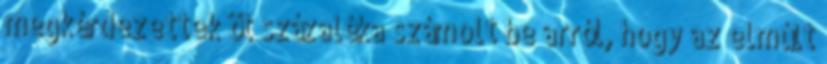
megkérdezettek öt százaléka számolt be arról, hogy az elmúlt